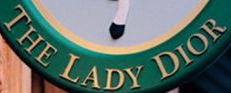
THE LADY DIOR